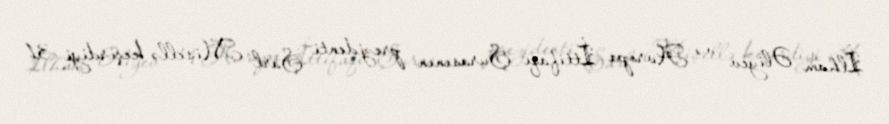
İlham Əliyev və Avropa İttifaqı Şurasının prezidenti Şarl Mişellə keçirdiyi 31